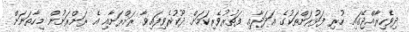
ދިވެހިރާއްޖޭގައި ހުރި ފަޅުރަށްތަކުގެ ޢަދަދާއި ފަތުރުވެރިކަމަށް ދޫކުރެވިފައިވާ ރަށްރަށާއި އެ ރަށްރަށުން މިހާތަނަށް